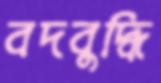
বদবুদ্ধি